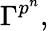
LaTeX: \Gamma^{p^{n}},